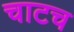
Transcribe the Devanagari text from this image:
चाटच